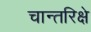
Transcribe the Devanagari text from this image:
चान्तरिक्षे